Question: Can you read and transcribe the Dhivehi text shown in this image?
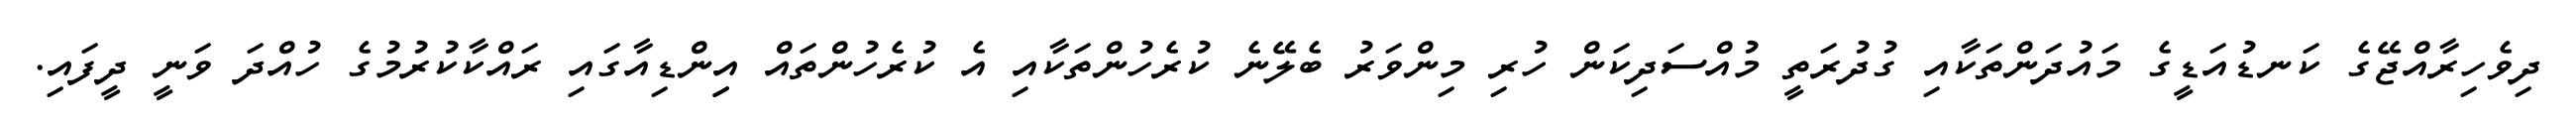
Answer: ދިވެހިރާއްޖޭގެ ކަނޑުއަޑީގެ މައުދަންތަކާއި ގުދުރަތީ މުއްސަދިކަން ހުރި މިންވަރު ބެލޭނެ ކުރެހުންތަކާއި އެ ކުރެހުންތައް އިިންޑިއާގައި ރައްކާކުރުމުގެ ހުއްދަ ވަނީ ދީފައި.